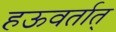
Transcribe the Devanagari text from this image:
हऊवर्तात्